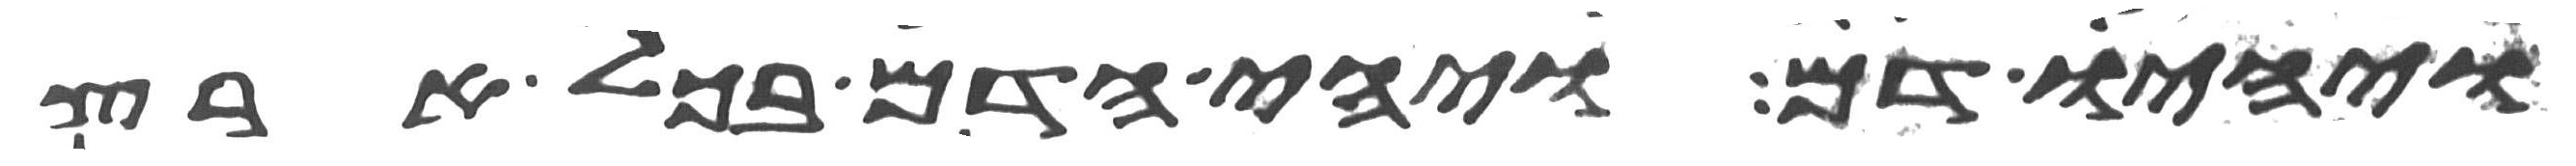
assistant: ויהיו דם ויהי הדם בכל ארץ